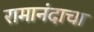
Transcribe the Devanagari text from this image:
रामानंदाचा